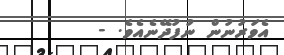
އެވަރުނުން ނުފުދޭނެއެވެ. -